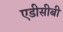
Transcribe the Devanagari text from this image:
एडीसीबी